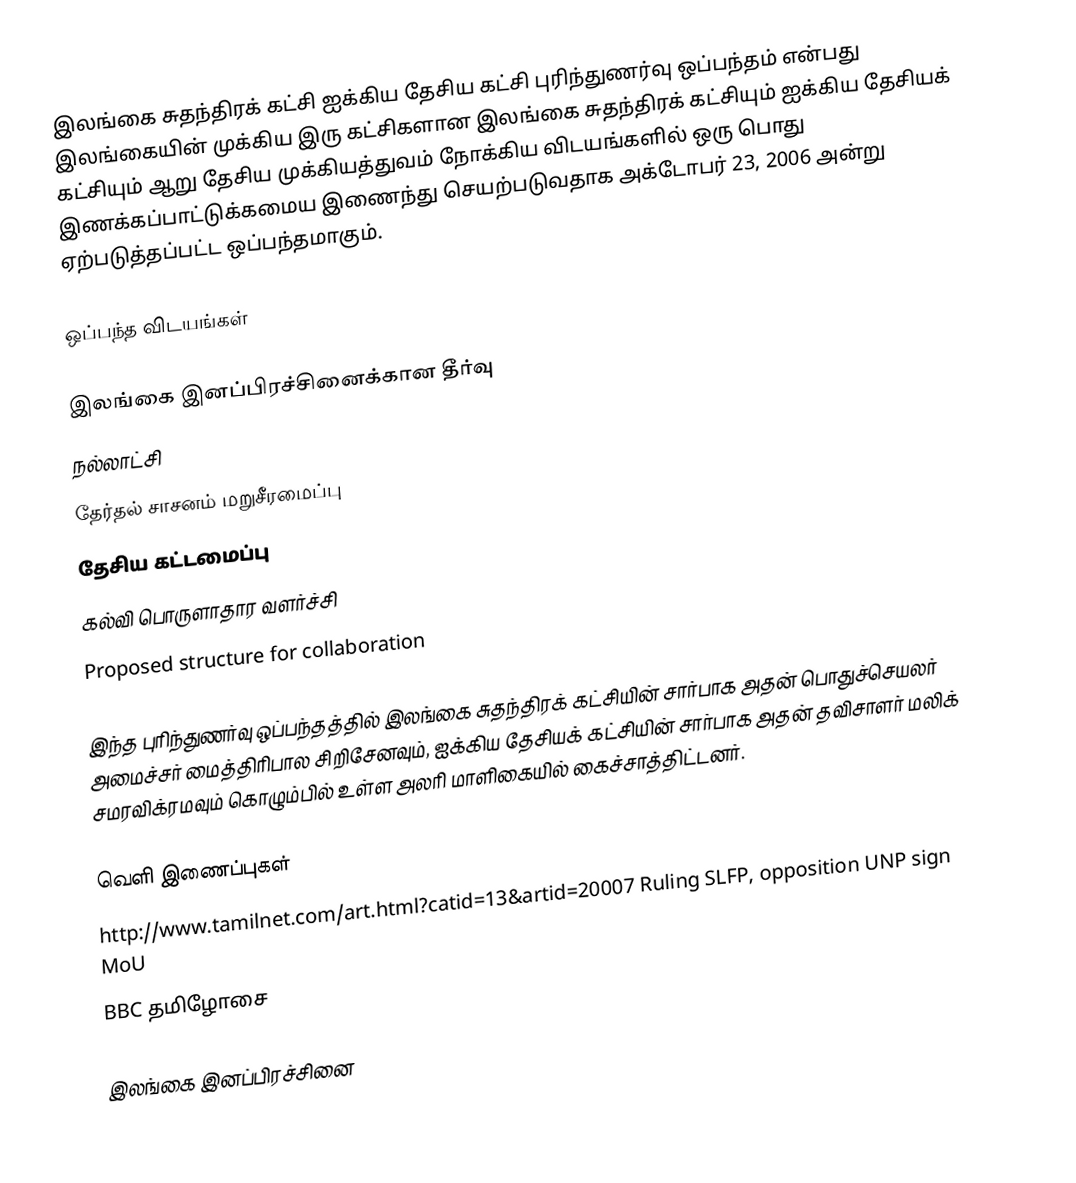
இலங்கை சுதந்திரக் கட்சி ஐக்கிய தேசிய கட்சி புரிந்துணர்வு ஒப்பந்தம் என்பது  இலங்கையின் முக்கிய இரு கட்சிகளான இலங்கை சுதந்திரக் கட்சியும் ஐக்கிய தேசியக் கட்சியும் ஆறு தேசிய முக்கியத்துவம் நோக்கிய விடயங்களில் ஒரு பொது இணக்கப்பாட்டுக்கமைய இணைந்து செயற்படுவதாக அக்டோபர் 23, 2006 அன்று ஏற்படுத்தப்பட்ட ஒப்பந்தமாகும்.

ஒப்பந்த விடயங்கள்

 இலங்கை இனப்பிரச்சினைக்கான தீர்வு
 நல்லாட்சி
 தேர்தல் சாசனம் மறுசீரமைப்பு
 தேசிய கட்டமைப்பு
 கல்வி பொருளாதார வளர்ச்சி
 Proposed structure for collaboration

இந்த புரிந்துணர்வு ஒப்பந்தத்தில் இலங்கை சுதந்திரக் கட்சியின் சார்பாக அதன் பொதுச்செயலர் அமைச்சர் மைத்திரிபால சிறிசேனவும், ஐக்கிய தேசியக் கட்சியின் சார்பாக அதன் தவிசாளர் மலிக் சமரவிக்ரமவும்  கொழும்பில் உள்ள அலரி மாளிகையில் கைச்சாத்திட்டனர்.

வெளி இணைப்புகள்
 http://www.tamilnet.com/art.html?catid=13&artid=20007 Ruling SLFP, opposition UNP sign MoU
 BBC தமிழோசை

இலங்கை இனப்பிரச்சினை